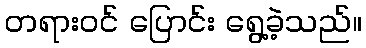
တရားဝင် ပြောင်း ရွေ့ခဲ့သည်။